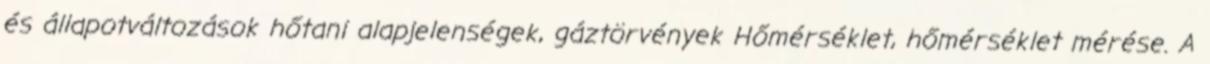
és állapotváltozások hőtani alapjelenségek, gáztörvények Hőmérséklet, hőmérséklet mérése. A